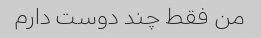
من فقط چند دوست دارم